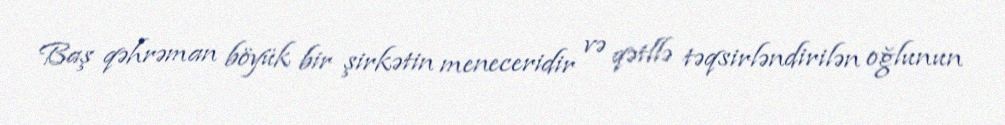
Baş qəhrəman böyük bir şirkətin meneceridir və qətllə təqsirləndirilən oğlunun